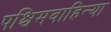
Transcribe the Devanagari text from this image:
पश्चिमवाहिन्या